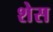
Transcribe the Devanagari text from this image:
शेस